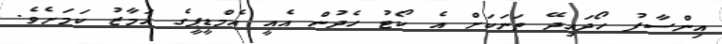
އިންސާފު ހޯދައިދޭ ތަނަކަށް އެ ކޯޓު ހެދުން އެއީ އެމްޑީޕީގެ އަމާޒު ކަމަށެވެ.